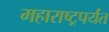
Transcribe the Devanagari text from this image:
महाराष्ट्रपर्यंत